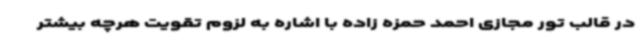
در قالب تور مجازی احمد حمزه زاده با اشاره به لزوم تقویت هرچه بیشتر